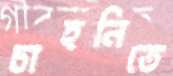
চাহনিতে